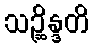
သဉ္ဆိန္ဒတိ